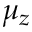
\mu _ { z }